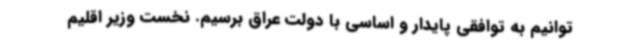
توانیم به توافقی پایدار و اساسی با دولت عراق برسیم. نخست وزیر اقلیم